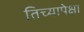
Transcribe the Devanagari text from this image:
तिच्यापेक्षा